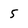
Character: 5